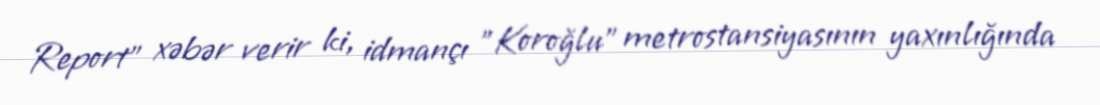
Report" xəbər verir ki, idmançı "Koroğlu" metrostansiyasının yaxınlığında